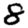
Digit: 8